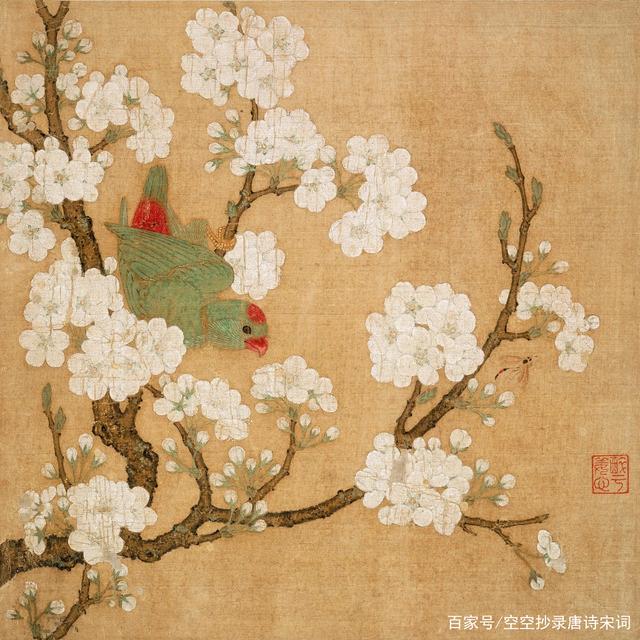
梨花最晚又凋零，何事归期无定准。